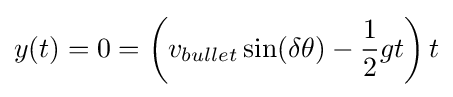
y(t)=0=\left(v_{bullet}\sin(\delta \theta )-{\frac {1}{2}}gt\right)t